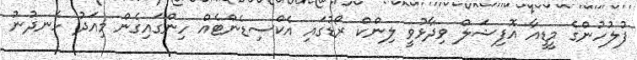
ފުލުުުހުންގެ މީޑީއާ އޮފިޝަލް ވިދާޅުވީ ލިންކް ރޯޑުގައި އެކްސިޑެންޓެއް ހިންގައިގެން މިއަދު ހެނދުނު